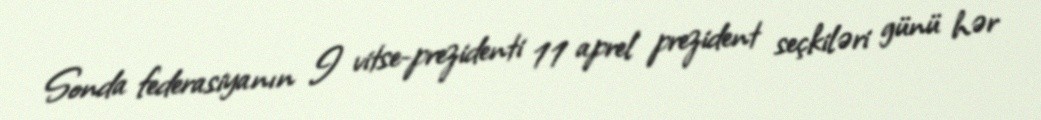
Sonda federasiyanın I vitse-prezidenti 11 aprel prezident seçkiləri günü hər